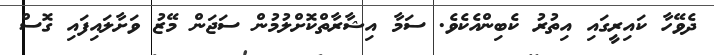
ދެވޭހާ ކައިރީގައި އިތުރު ކެބިންއެކެވެ. ސަމާ އިޝާރާތްކޮށްލުމުން ސަޖަން މޭޒު ވަށާލައިފައި ގޮސް